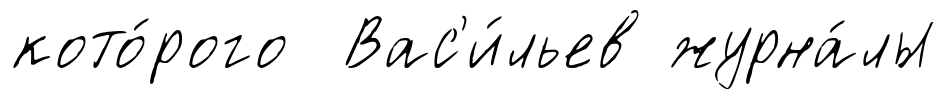
кото́рого Вас'и́льев журна́лы